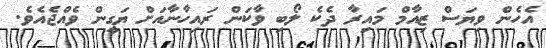
އެހެން ވިޔަސް ޒިއާމް މައިރާ ދެކެ ލޯބި ވާކަން ރައިހާނާއަށް ޔަގީން ވެއްޖެއެވެ.